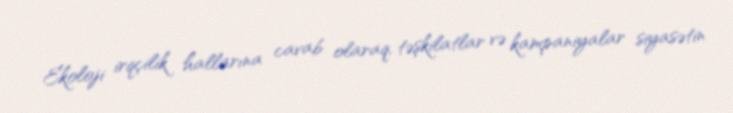
Ekoloji irqçilik hallarına cavab olaraq, təşkilatlar və kampaniyalar siyasətin